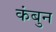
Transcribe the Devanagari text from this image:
कंबुन